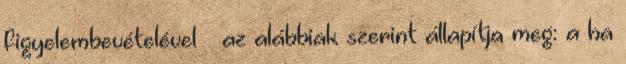
figyelembevételével – az alábbiak szerint állapítja meg: a ha